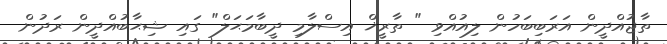
ތާޖުއްދީން އަރަބިބަހުން ލިއުއްވި " ތާރީޚް އިސްލާމި ދީބާމަޙަލް" ގައި ޝިޙާބުއްދީން ރަދުން